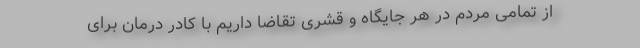
از تمامی مردم در هر جایگاه و قشری تقاضا داریم با کادر درمان برای